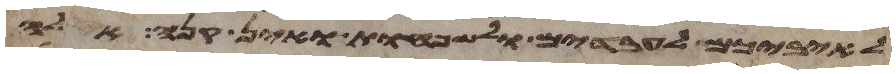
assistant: לאיביכם לעבדים ולשפחות ואין קנה אלה